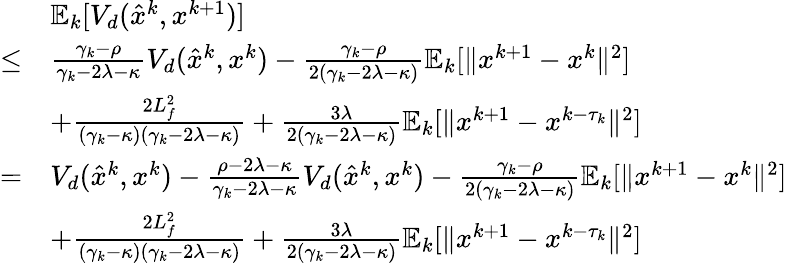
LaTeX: \begin{array}{rl}&{\mathbb{E}_{k}[V_{d}(\hat{x}^{k},x^{k+1})]}\\ {\leq}&{\frac{\gamma_{k}-\rho}{\gamma_{k}-2\lambda-\kappa}V_{d}(\hat{x}^{k},x^{k})-\frac{\gamma_{k}-\rho}{2(\gamma_{k}-2\lambda-\kappa)}\mathbb{E}_{k}[\| x^{k+1}-x^{k}\| ^{2}]}\\ &{+\frac{2L_{f}^{2}}{(\gamma_{k}-\kappa)(\gamma_{k}-2\lambda-\kappa)}+\frac{3\lambda}{2(\gamma_{k}-2\lambda-\kappa)}\mathbb{E}_{k}[\| x^{k+1}-x^{k-\tau_{k}}\| ^{2}]}\\ {=}&{V_{d}(\hat{x}^{k},x^{k})-\frac{\rho-2\lambda-\kappa}{\gamma_{k}-2\lambda-\kappa}V_{d}(\hat{x}^{k},x^{k})-\frac{\gamma_{k}-\rho}{2(\gamma_{k}-2\lambda-\kappa)}\mathbb{E}_{k}[\| x^{k+1}-x^{k}\| ^{2}]}\\ &{+\frac{2L_{f}^{2}}{(\gamma_{k}-\kappa)(\gamma_{k}-2\lambda-\kappa)}+\frac{3\lambda}{2(\gamma_{k}-2\lambda-\kappa)}\mathbb{E}_{k}[\| x^{k+1}-x^{k-\tau_{k}}\| ^{2}]}\end{array}